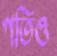
গতিও